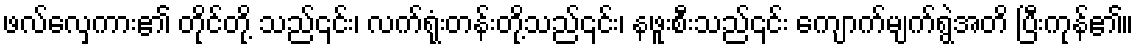
ဖလ်လှေကား၏ တိုင်တို့ သည်၎င်း၊ လက်ရုံးတန်းတို့သည်၎င်း၊ နဖူးစီးသည်၎င်း ကျောက်မျက်ရွဲအတိ ပြီးကုန်၏။